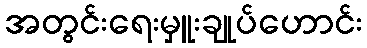
အတွင်းရေးမှူးချုပ်ဟောင်း